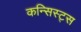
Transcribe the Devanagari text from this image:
कन्सिस्ट्स